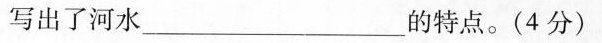
写出了河水___的特点。(4分)